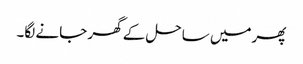
پھرمیں ساحل کے گھر جانے لگا۔